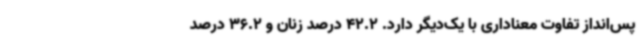
پس‌انداز تفاوت معناداری با یک‌دیگر دارد. 42.2 درصد زنان و 36.2 درصد